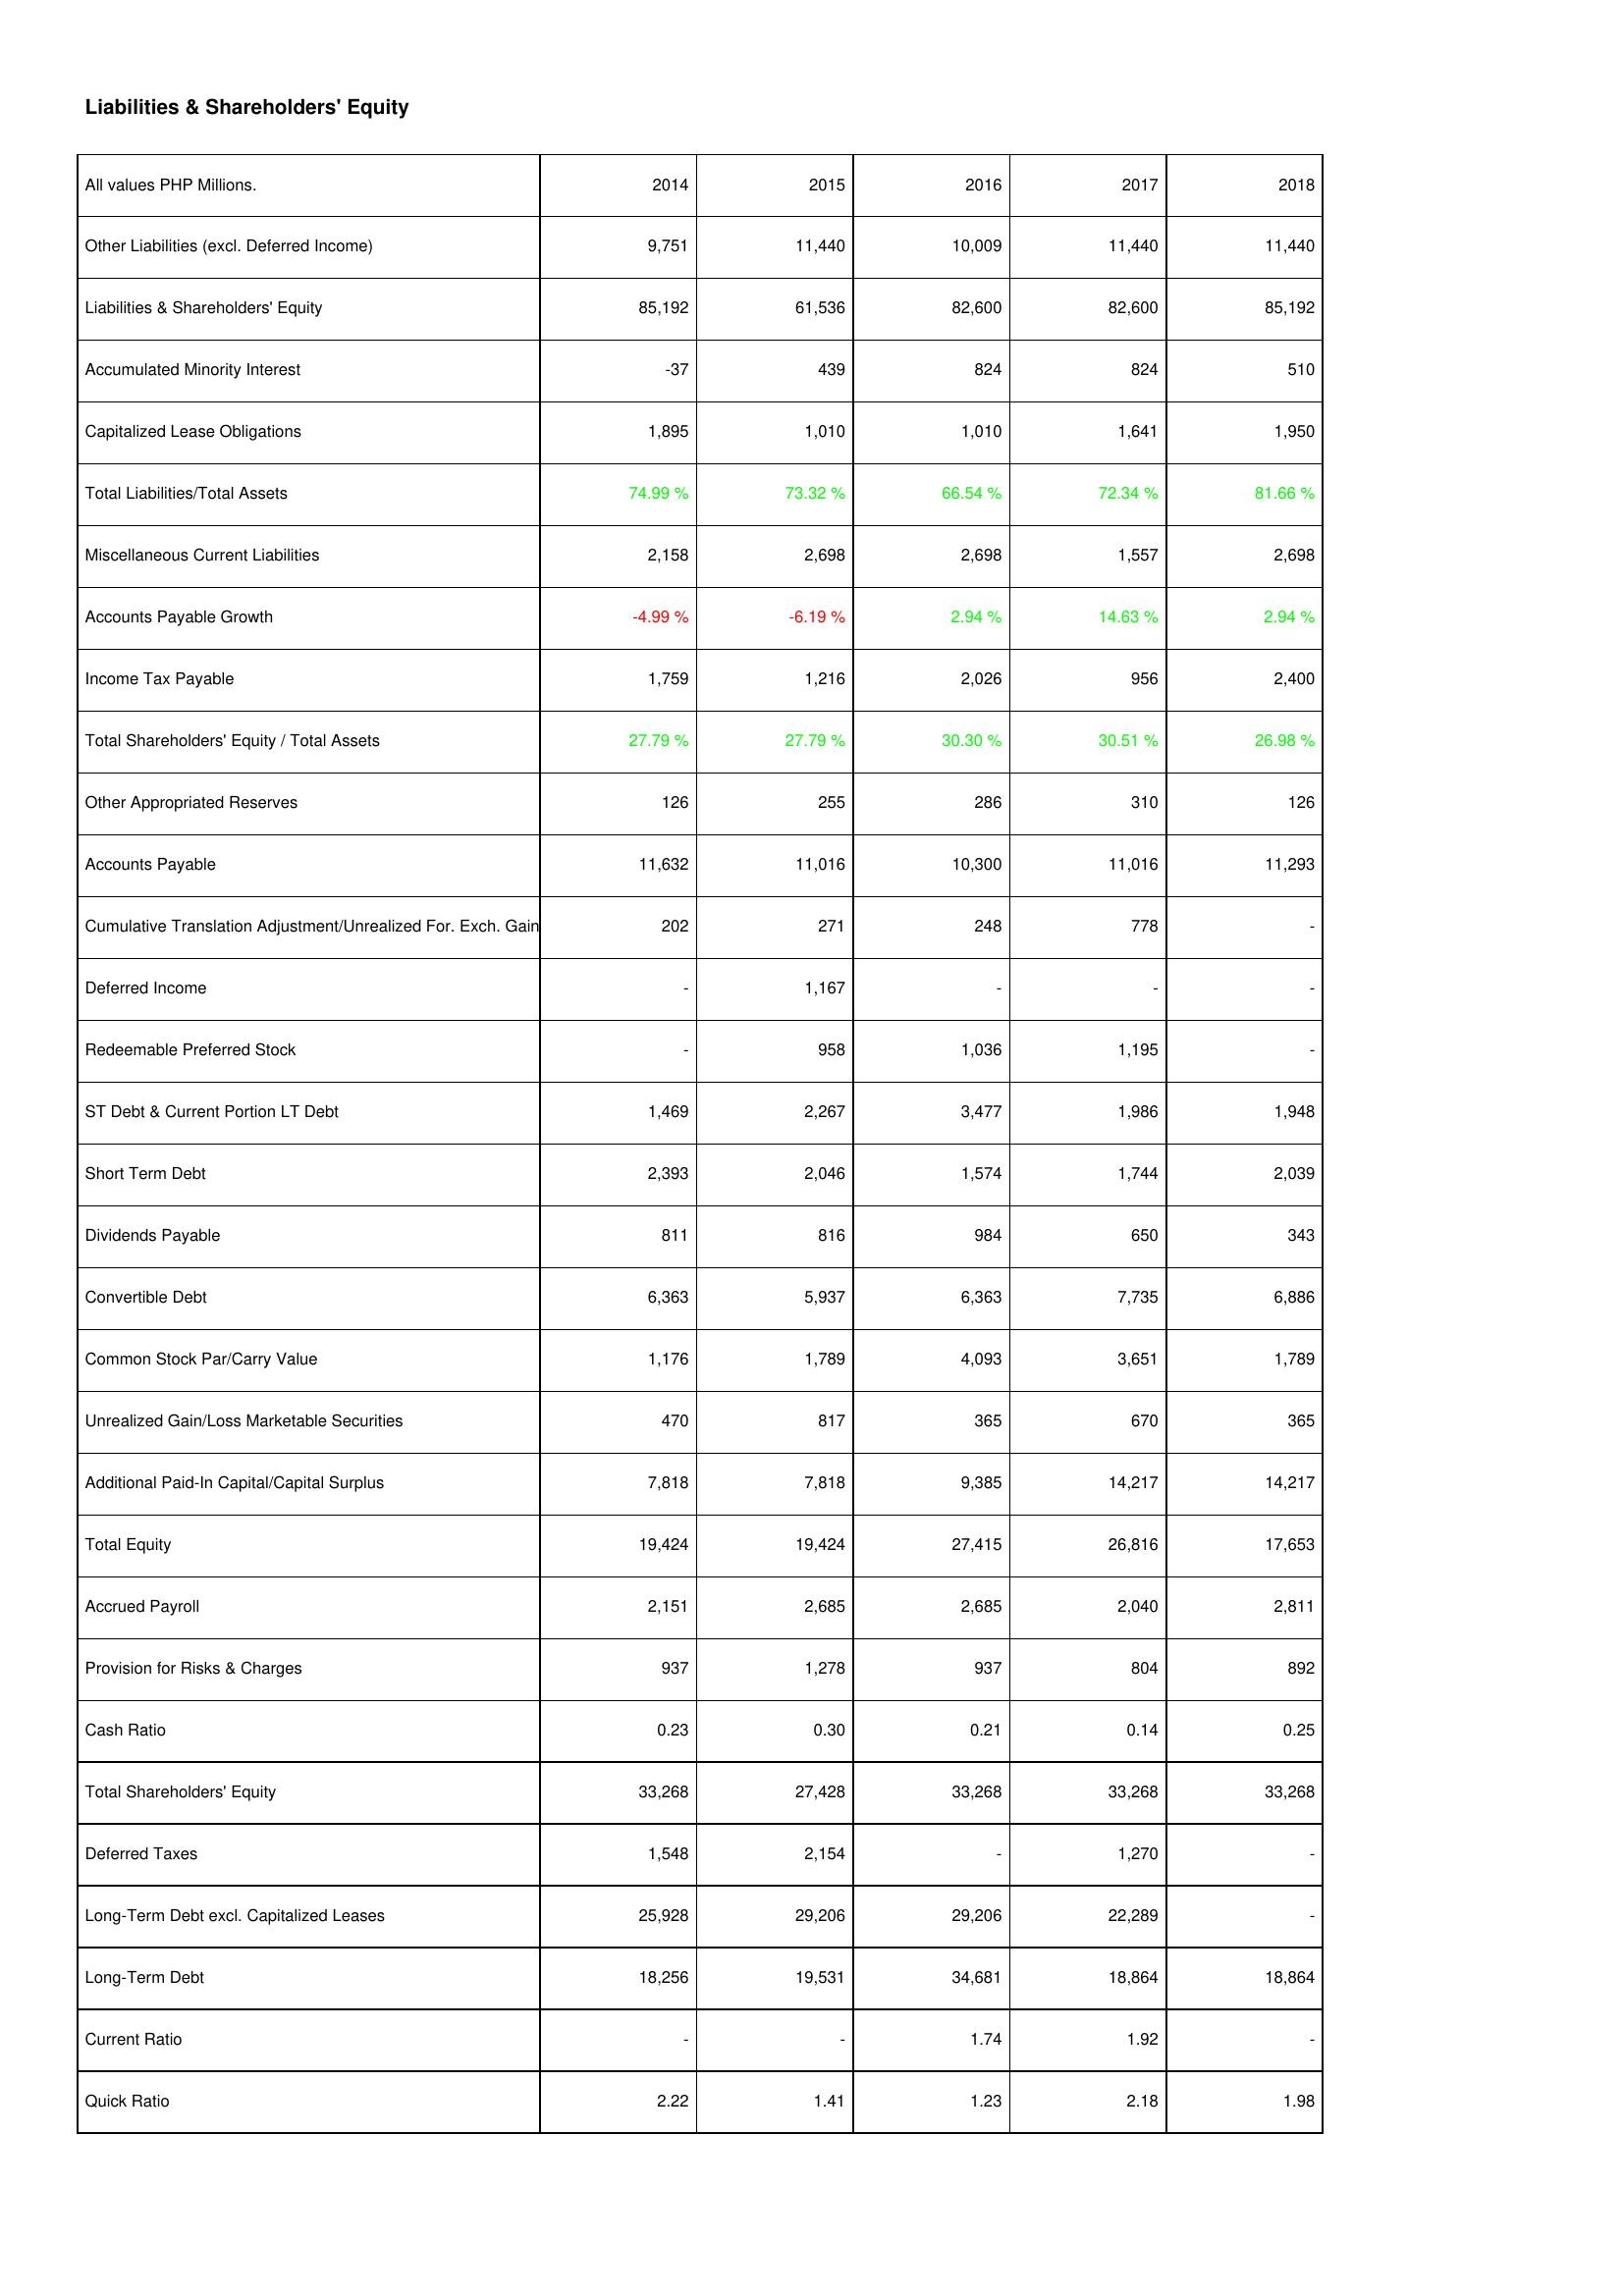
2014: Liabilities & Shareholders' Equity: Other Liabilities (excl. Deferred Income): 9,751
Liabilities & Shareholders' Equity: 85,192
Accumulated Minority Interest: -37
Capitalized Lease Obligations: 1,895
Total Liabilities/Total Assets: 74.99 %
Miscellaneous Current Liabilities: 2,158
Accounts Payable Growth: -4.99 %
Income Tax Payable: 1,759
Total Shareholders' Equity / Total Assets: 27.79 %
Other Appropriated Reserves: 126
Accounts Payable: 11,632
Cumulative Translation Adjustment/Unrealized For. Exch. Gain: 202
Deferred Income: -
Redeemable Preferred Stock: -
ST Debt & Current Portion LT Debt: 1,469
Short Term Debt: 2,393
Dividends Payable: 811
Convertible Debt: 6,363
Common Stock Par/Carry Value: 1,176
Unrealized Gain/Loss Marketable Securities: 470
Additional Paid-In Capital/Capital Surplus: 7,818
Total Equity: 19,424
Accrued Payroll: 2,151
Provision for Risks & Charges: 937
Cash Ratio: 0.23
Total Shareholders' Equity: 33,268
Deferred Taxes: 1,548
Long-Term Debt excl. Capitalized Leases: 25,928
Long-Term Debt: 18,256
Current Ratio: -
Quick Ratio: 2.22
2015: Liabilities & Shareholders' Equity: Other Liabilities (excl. Deferred Income): 11,440
Liabilities & Shareholders' Equity: 61,536
Accumulated Minority Interest: 439
Capitalized Lease Obligations: 1,010
Total Liabilities/Total Assets: 73.32 %
Miscellaneous Current Liabilities: 2,698
Accounts Payable Growth: -6.19 %
Income Tax Payable: 1,216
Total Shareholders' Equity / Total Assets: 27.79 %
Other Appropriated Reserves: 255
Accounts Payable: 11,016
Cumulative Translation Adjustment/Unrealized For. Exch. Gain: 271
Deferred Income: 1,167
Redeemable Preferred Stock: 958
ST Debt & Current Portion LT Debt: 2,267
Short Term Debt: 2,046
Dividends Payable: 816
Convertible Debt: 5,937
Common Stock Par/Carry Value: 1,789
Unrealized Gain/Loss Marketable Securities: 817
Additional Paid-In Capital/Capital Surplus: 7,818
Total Equity: 19,424
Accrued Payroll: 2,685
Provision for Risks & Charges: 1,278
Cash Ratio: 0.30
Total Shareholders' Equity: 27,428
Deferred Taxes: 2,154
Long-Term Debt excl. Capitalized Leases: 29,206
Long-Term Debt: 19,531
Current Ratio: -
Quick Ratio: 1.41
2016: Liabilities & Shareholders' Equity: Other Liabilities (excl. Deferred Income): 10,009
Liabilities & Shareholders' Equity: 82,600
Accumulated Minority Interest: 824
Capitalized Lease Obligations: 1,010
Total Liabilities/Total Assets: 66.54 %
Miscellaneous Current Liabilities: 2,698
Accounts Payable Growth: 2.94 %
Income Tax Payable: 2,026
Total Shareholders' Equity / Total Assets: 30.30 %
Other Appropriated Reserves: 286
Accounts Payable: 10,300
Cumulative Translation Adjustment/Unrealized For. Exch. Gain: 248
Deferred Income: -
Redeemable Preferred Stock: 1,036
ST Debt & Current Portion LT Debt: 3,477
Short Term Debt: 1,574
Dividends Payable: 984
Convertible Debt: 6,363
Common Stock Par/Carry Value: 4,093
Unrealized Gain/Loss Marketable Securities: 365
Additional Paid-In Capital/Capital Surplus: 9,385
Total Equity: 27,415
Accrued Payroll: 2,685
Provision for Risks & Charges: 937
Cash Ratio: 0.21
Total Shareholders' Equity: 33,268
Deferred Taxes: -
Long-Term Debt excl. Capitalized Leases: 29,206
Long-Term Debt: 34,681
Current Ratio: 1.74
Quick Ratio: 1.23
2017: Liabilities & Shareholders' Equity: Other Liabilities (excl. Deferred Income): 11,440
Liabilities & Shareholders' Equity: 82,600
Accumulated Minority Interest: 824
Capitalized Lease Obligations: 1,641
Total Liabilities/Total Assets: 72.34 %
Miscellaneous Current Liabilities: 1,557
Accounts Payable Growth: 14.63 %
Income Tax Payable: 956
Total Shareholders' Equity / Total Assets: 30.51 %
Other Appropriated Reserves: 310
Accounts Payable: 11,016
Cumulative Translation Adjustment/Unrealized For. Exch. Gain: 778
Deferred Income: -
Redeemable Preferred Stock: 1,195
ST Debt & Current Portion LT Debt: 1,986
Short Term Debt: 1,744
Dividends Payable: 650
Convertible Debt: 7,735
Common Stock Par/Carry Value: 3,651
Unrealized Gain/Loss Marketable Securities: 670
Additional Paid-In Capital/Capital Surplus: 14,217
Total Equity: 26,816
Accrued Payroll: 2,040
Provision for Risks & Charges: 804
Cash Ratio: 0.14
Total Shareholders' Equity: 33,268
Deferred Taxes: 1,270
Long-Term Debt excl. Capitalized Leases: 22,289
Long-Term Debt: 18,864
Current Ratio: 1.92
Quick Ratio: 2.18
2018: Liabilities & Shareholders' Equity: Other Liabilities (excl. Deferred Income): 11,440
Liabilities & Shareholders' Equity: 85,192
Accumulated Minority Interest: 510
Capitalized Lease Obligations: 1,950
Total Liabilities/Total Assets: 81.66 %
Miscellaneous Current Liabilities: 2,698
Accounts Payable Growth: 2.94 %
Income Tax Payable: 2,400
Total Shareholders' Equity / Total Assets: 26.98 %
Other Appropriated Reserves: 126
Accounts Payable: 11,293
Cumulative Translation Adjustment/Unrealized For. Exch. Gain: -
Deferred Income: -
Redeemable Preferred Stock: -
ST Debt & Current Portion LT Debt: 1,948
Short Term Debt: 2,039
Dividends Payable: 343
Convertible Debt: 6,886
Common Stock Par/Carry Value: 1,789
Unrealized Gain/Loss Marketable Securities: 365
Additional Paid-In Capital/Capital Surplus: 14,217
Total Equity: 17,653
Accrued Payroll: 2,811
Provision for Risks & Charges: 892
Cash Ratio: 0.25
Total Shareholders' Equity: 33,268
Deferred Taxes: -
Long-Term Debt excl. Capitalized Leases: -
Long-Term Debt: 18,864
Current Ratio: -
Quick Ratio: 1.98